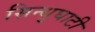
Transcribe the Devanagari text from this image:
सिन्‍धुघाटी